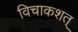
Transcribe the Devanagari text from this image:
विचाकशत्